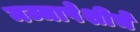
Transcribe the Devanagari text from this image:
मज्जापेशीचे